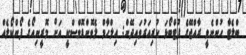
ބްލެޓާ ހުންނެވީ ރާއްޖޭގެ ފުޓްބޯޅަ ކުރިއަރުވައިދޭން: އިލްހާމް ލެވޮންޑޮވްސްކީ އަށް މޮރީނިއޯގެ ފޯންކޯލެއް